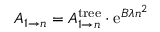
A _ { 1 \to n } = A _ { 1 \to n } ^ { \mathrm { t r e e } } \cdot \mathrm { e } ^ { B \lambda n ^ { 2 } }